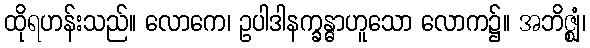
ထိုရဟန်းသည်။ လောကေ၊ ဥပါဒါနက္ခန္ဓာဟူသော လောက၌။ အဘိဇ္ဈံ၊